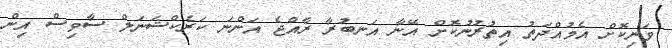
ވަނިކޮށް އެމުއްދަތު އިތުރުނުކޮށް އޭނާ އަނބުރާ ރާއްޖެ އަންނަ ކަރެކްޝަނަލް ސާވިސް އިން